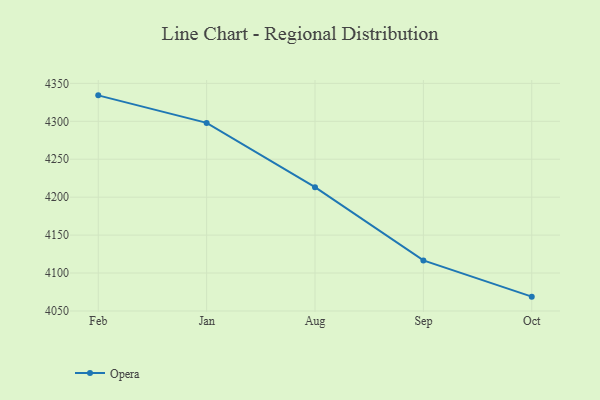
{"axis": {"x": "Month", "y": "Latency (ms)"}, "legend": ["Opera"], "data": [{"x": "Feb", "y": 4334.2, "type": "Opera"}, {"x": "Jan", "y": 4297.9, "type": "Opera"}, {"x": "Aug", "y": 4213.2, "type": "Opera"}, {"x": "Sep", "y": 4116.7, "type": "Opera"}, {"x": "Oct", "y": 4068.9, "type": "Opera"}]}